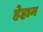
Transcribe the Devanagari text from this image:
ह्रेहान